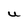
Character: U